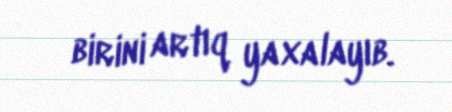
birini artıq yaxalayıb.